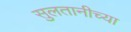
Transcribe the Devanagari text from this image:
सुलतानीच्या